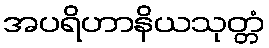
အပရိဟာနိယသုတ္တံ